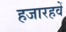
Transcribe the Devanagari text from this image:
हजारहवें